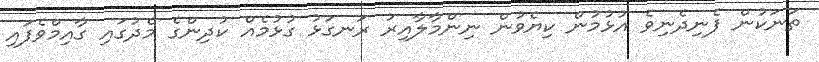
ތަނަކުން ފެނިދެނިވެ އުޅުމުން ކިޔެވުން ނިންމާލާއިރު ރަނގަޅު ގުޅުމެއް ކުދިންގެ މެދުގައި ގާއިމްވެފައި